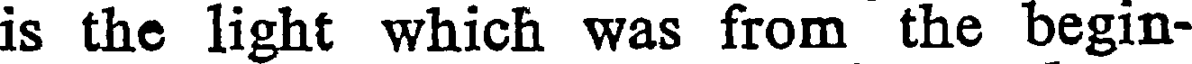
is the light which was from the begin-